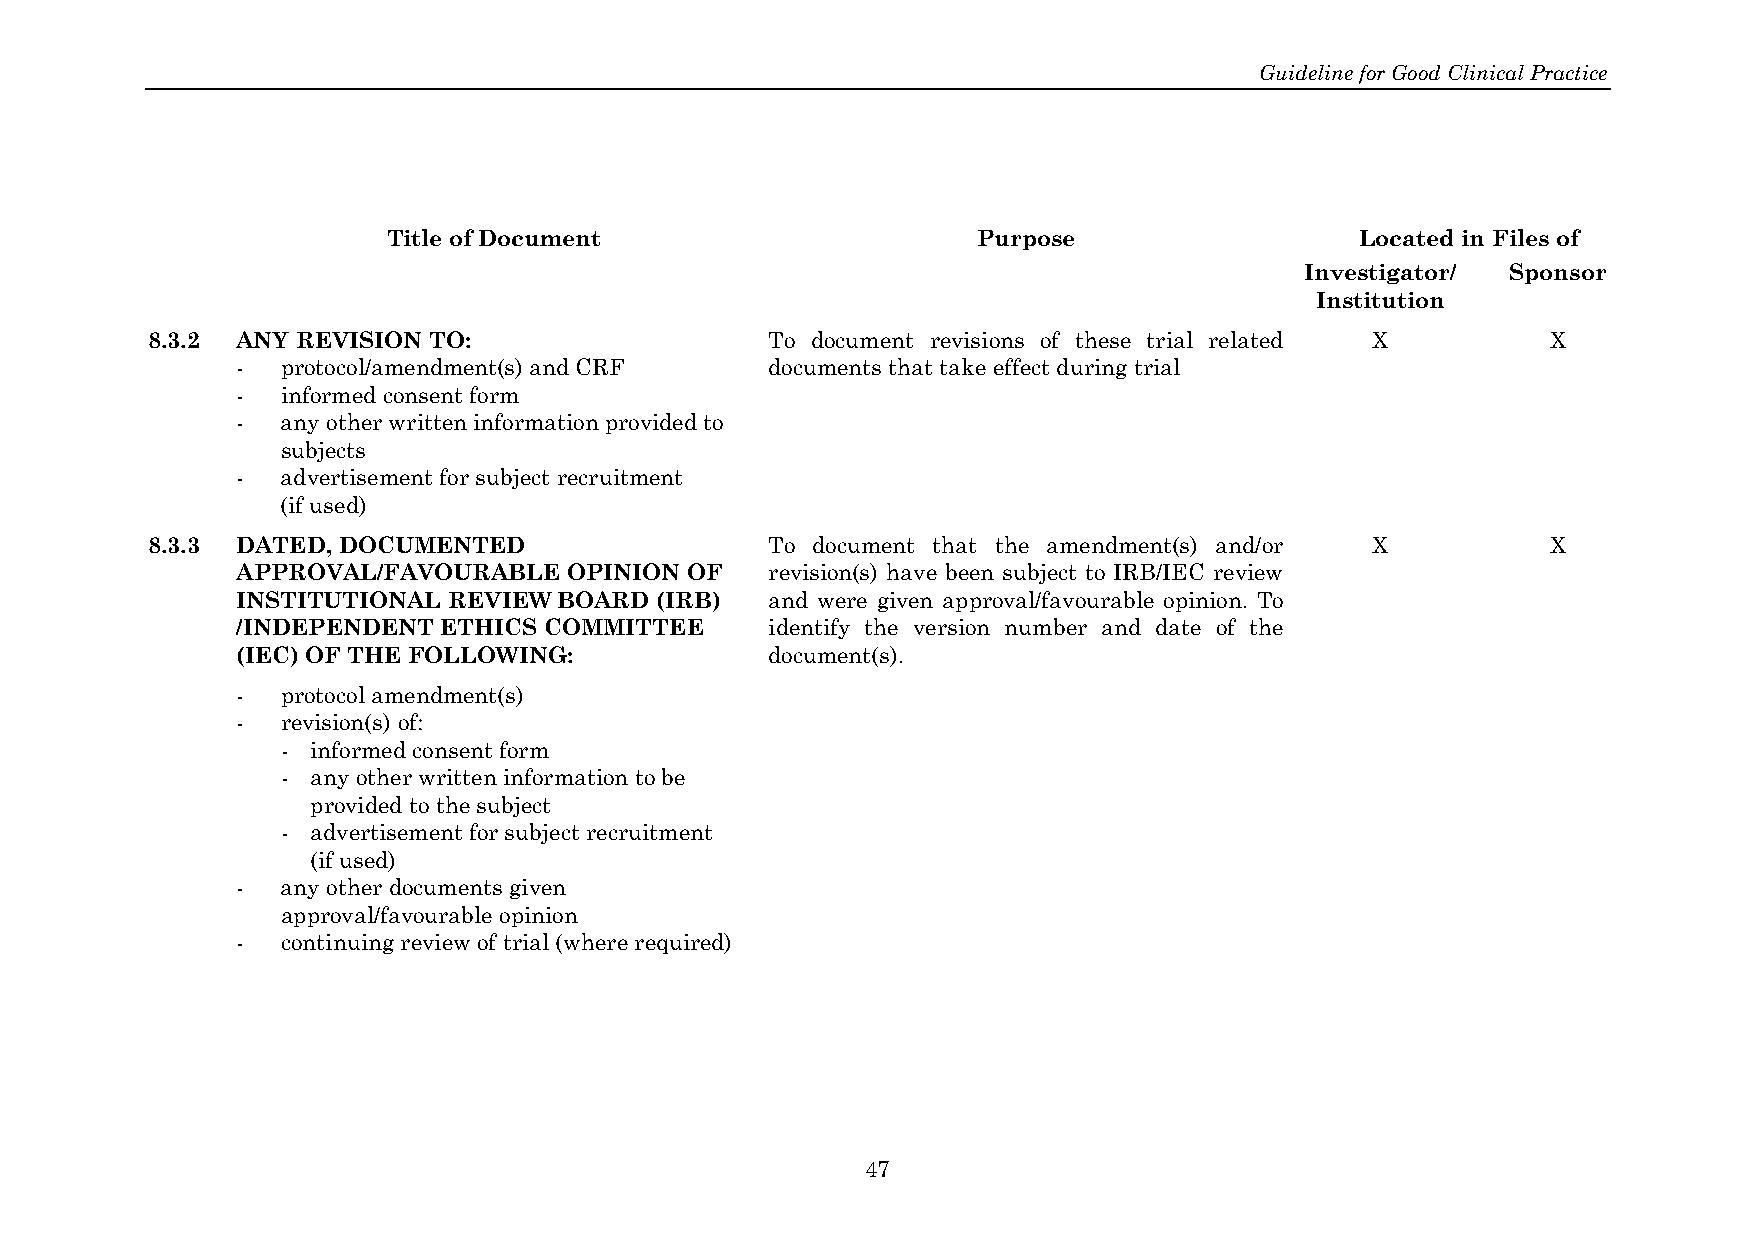
Guideline for Good Clinical Practice
 Title of Document                      Purpose                  Located in Files of
 Investigator/ Sponsor
 Institution
 8.3.2 ANY REVISION TO:                   To document revisions of these trial related X      X
 -  protocol/amendment(s) and CRF   documents that take effect during trial
 -  informed consent form
 -  any other written information provided to
 subjects
 -  advertisement for subject recruitment
 (if used)
 8.3.3 DATED, DOCUMENTED                  To document that the amendment(s) and/or X          X
 APPROVAL/FAVOURABLE   OPINION OF   revision(s) have been subject to IRB/IEC review
 INSTITUTIONAL REVIEW BOARD (IRB)   and were given approval/favourable opinion. To
 /INDEPENDENT ETHICS COMMITTEE      identify the version number and date of the
 (IEC) OF THE FOLLOWING:            document(s).
 -  protocol amendment(s)
 -  revision(s) of:
 - informed consent form
 - any other written information to be
 provided to the subject
 - advertisement for subject recruitment
 (if used)
 -  any other documents given
 approval/favourable opinion
 -  continuing review of trial (where required)
 47